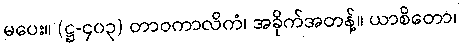
မပေး။ (ဋ္ဌ-၄၀၃) တာဝကာလိကံ၊ အခိုက်အတန့်။ ယာစိတော၊